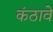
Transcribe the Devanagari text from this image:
कंठावे